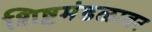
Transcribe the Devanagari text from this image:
शिष्टमंडळावर